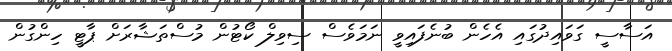
އަސާސީ ގަވައިދުގައި އެހެން ބުނެފައިވީ ނަމަވެސް ސިވިލް ކޯޓުން މުސްތަޝާރަށް ޕާޓީ ހިންގުން